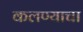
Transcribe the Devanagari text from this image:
कलण्याचा